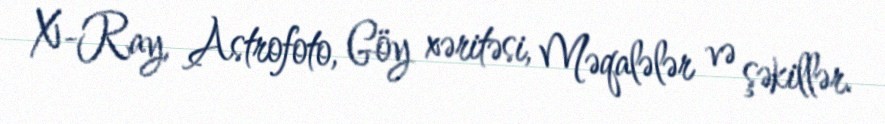
X-Ray, Astrofoto, Göy xəritəsi, Məqalələr və şəkillər.